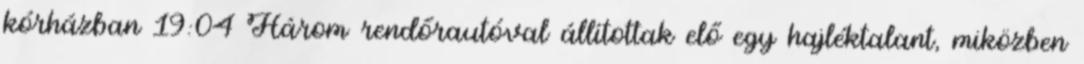
kórházban 19:04 Három rendőrautóval állítottak elő egy hajléktalant, miközben